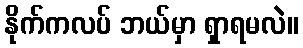
နိုက်ကလပ် ဘယ်မှာ ရှာရမလဲ။